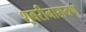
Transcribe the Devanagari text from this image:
शबरीनारायण